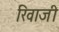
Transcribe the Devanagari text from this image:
रिवाजी